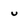
Character: u